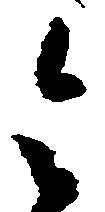
令